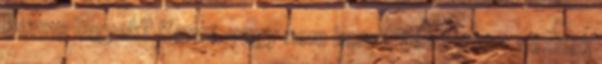
Benne legyek? Kenni, vagy nem kenni, azaz miért néznek